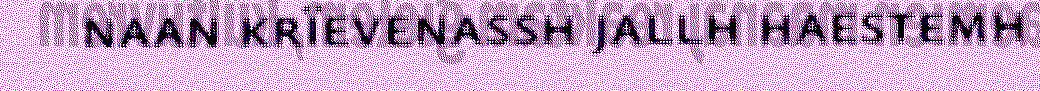
naan krïevenassh jallh haestemh